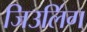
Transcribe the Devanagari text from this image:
जिउलिंग